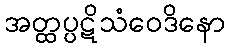
အတ္ထပ္ပဋိသံဝေဒိနော